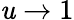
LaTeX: \mathit{u}\to1